Vaccination North-Western Provinces and Oudh 1878-1895 - 1878-1895
Year: 1878
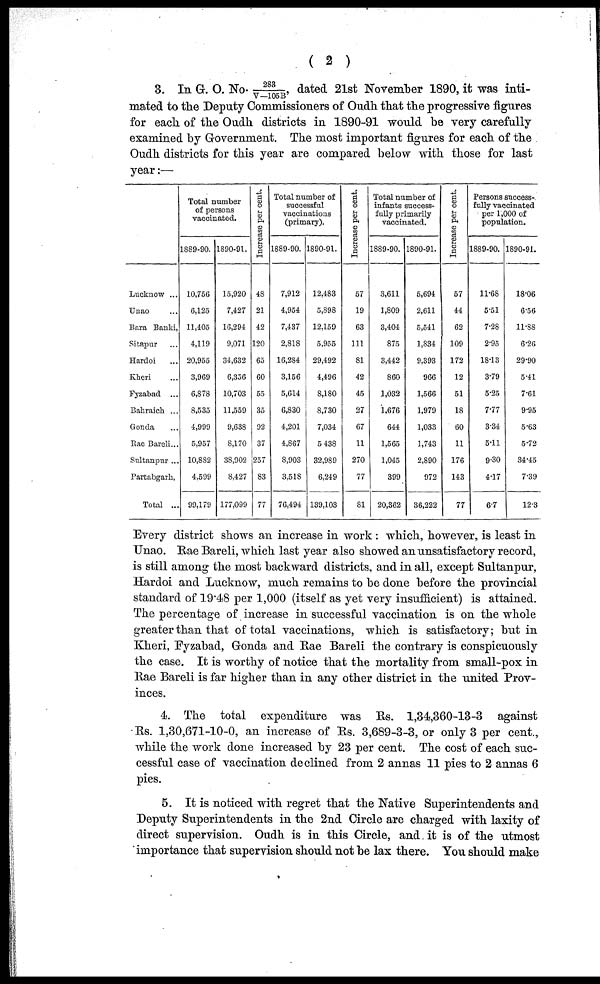
( 2 )
3. In G. O. No. 283/V—105B, dated 21st November 1890, it was inti¬
mated to the Deputy Commissioners of Oudh that the progressive figures
for each of the Oudh districts in 1890-91 would be very carefully
examined by Government. The most important figures for each of the
Oudh districts for this year are compared below with those for last
year:—
Lucknow ...
Unao ...
Bara Banki,
Sitapur ...
Hardoi ...
Kheri ...
Fyzabad ...
Bahraich ...
Gonda ...
Rae Bareli ...
Sultanpur ...
Partabgarh,
Total ...
Total number
of persons
vaccinated.
1889-90.
10,756
6,125
11,405
4,119
20,955
3,969
6,878
8,535
4,999
5,957
10,882
4,599
99,179
1890-91.
15,920
7,427
16,294
9,071
34,632
6,356
10,703
11,559
9,638
8,170
38,902
8,427
177,099
Increase per cent.
48
21
42
120
65
60
55
35
92
37
257
83
77
Total number of
successful
vaccinations
(primary).
1889-90.
7,912
4,954
7,437
2,818
16,284
3,156
5,614
6,830
4,201
4,867
8,903
3,518
76,494
1890-91.
12,483
5,898
12,159
5,955
29,492
4,496
8,180
8,730
7,034
5,438
32,989
6,249
139,103
Increase per cent.
57
19
63
111
81
42
45
27
67
11
270
77
81
Total number of
infants success-
fully primarily
vaccinated.
1889-90.
3,611
1,809
3,404
875
3,442
860
1,032
1,676
644
1,565
1,045
399
20,362
1890-91.
5,694
2,611
5,541
1,834
9,393
966
1,566
1,979
1,033
1,743
2,890
972
36,222
Increase per cent.
57
44
62
109
172
12
51
18
60
11
176
143
77
Persons success-
fully vaccinated
per 1,000 of
population.
1889-90.
11.68
5.51
7.28
2.95
18.13
3.79
5.25
7.77
3.34
5.11
9.30
4.17
6.7
1890-91.
18.06
6.56
11.88
6.26
29.90
5.41
7.61
9.95
5.63
5.72
34.45
7.39
12.3
Every district shows an increase in work : which, however, is least in
Unao. Rae Bareli, which last year also showed an unsatisfactory record,
is still among the most backward districts, and in all, except Sultanpur,
Hardoi and Lucknow, much remains to be done before the provincial
standard of 19.48 per 1,000 (itself as yet very insufficient) is attained.
The percentage of increase in successful vaccination is on the whole
greater than that of total vaccinations, which is satisfactory; but in
Kheri, Fyzabad, Gonda and Rae Bareli the contrary is conspicuously
the case. It is worthy of notice that the mortality from small-pox in
Rae Bareli is far higher than in any other district in the united Prov-
inces.
4. The total expenditure was Rs. 1,34,360-13-3 against
Rs. 1,30,671-10-0, an increase of Rs. 3,689-3-3, or only 3 per cent.,
while the work done increased by 23 per cent. The cost of each suc-
cessful case of vaccination declined from 2 annas 11 pies to 2 annas 6
pies.
5. It is noticed with regret that the Native Superintendents and
Deputy Superintendents in the 2nd Circle are charged with laxity of
direct supervision. Oudh is in this Circle, and it is of the utmost
importance that supervision should not be lax there. You should make